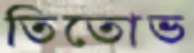
তিতোভ